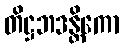
တိဋ္ဌဘဒန္တိကော